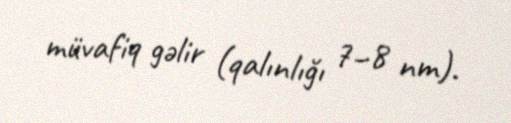
müvafiq gəlir (qalınlığı 7–8 nm).